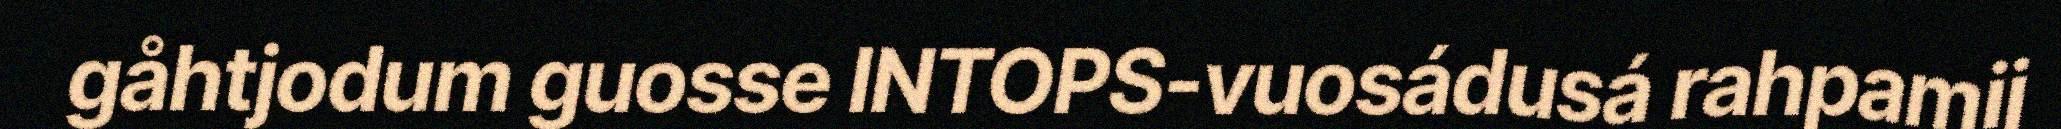
gåhtjodum guosse INTOPS-vuosádusá rahpamij